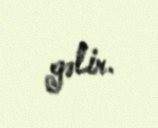
gəlir.